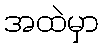
အထဲမှာ